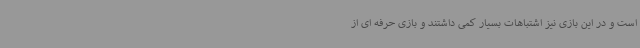
است و در این بازی نیز اشتباهات بسیار کمی داشتند و بازی حرفه ای از